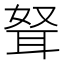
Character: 𰭺